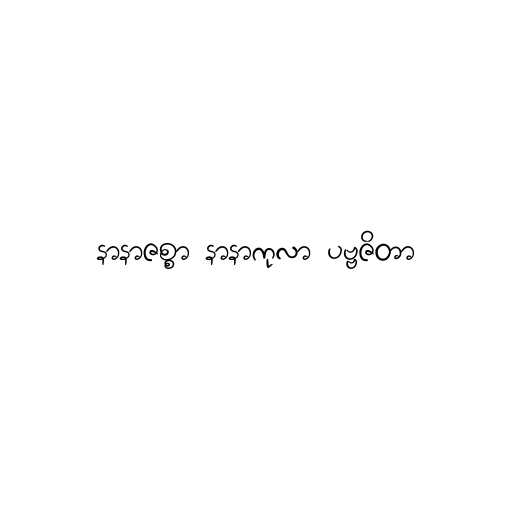
နာနာဇစ္စာ နာနာကုလာ ပဗ္ဗဇိတာ